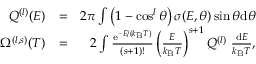
\begin{array} { r l r } { Q ^ { ( l ) } ( E ) } & { = } & { 2 \pi \int \left( 1 - \cos ^ { l } \theta \right) \sigma ( E , \theta ) \sin \theta \mathrm { d } \theta } \\ { \Omega ^ { ( l , s ) } ( T ) } & { = } & { 2 \int \frac { \mathrm { e } ^ { - E / ( k _ { \mathrm { B } } T ) } } { ( s + 1 ) ! } \left( \frac { E } { k _ { \mathrm { B } } T } \right) ^ { s + 1 } Q ^ { ( l ) } ~ \frac { \mathrm { d } E } { k _ { \mathrm { B } } T } , } \end{array}